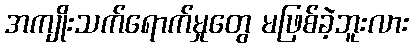
အကျိုးသက်ရောက်မှုတွေ မဖြစ်ခဲ့ဘူးလား